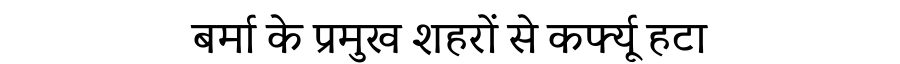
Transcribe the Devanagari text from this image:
बर्मा के प्रमुख शहरों से कर्फ्यू हटा